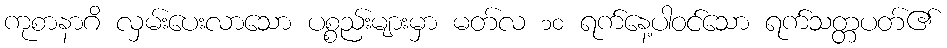
ကုစာနာဂိ လှမ်းပေးလာသော ပစ္စည်းများမှာ မတ်လ ၁၀ ရက်နေ့ပါဝင်သော ရက်သတ္တပတ်၏